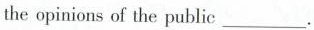
the opinions of the public ___.